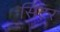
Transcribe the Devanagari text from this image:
सिंटर